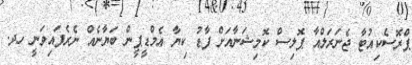
ޕްރޮސެކިއުޓާ ޖެނަރަލްއާ ޕޮލިސް ކޮމިޝަނާއަށް ފާޑު ކިޔާ އެމްޑީޕީން ބަޔާނެއް ނެރެފައިވަނީ ހދ.